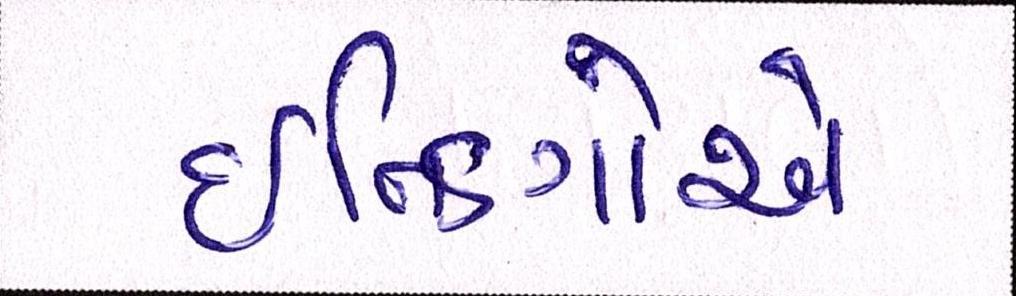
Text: ઇન્ડિગોએ